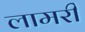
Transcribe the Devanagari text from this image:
लामरी